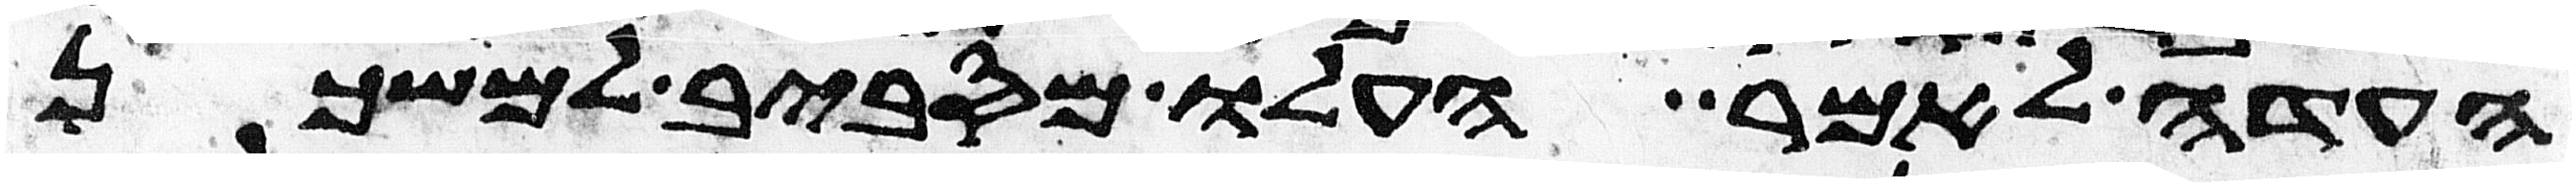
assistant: העדה לאמר העלו מסביב למשכן